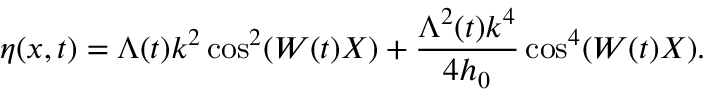
\eta ( x , t ) = \Lambda ( t ) k ^ { 2 } \cos ^ { 2 } ( W ( t ) X ) + \frac { \Lambda ^ { 2 } ( t ) k ^ { 4 } } { 4 h _ { 0 } } \cos ^ { 4 } ( W ( t ) X ) .